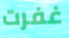
غفرت